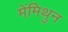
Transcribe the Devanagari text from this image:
मेंमिथुन